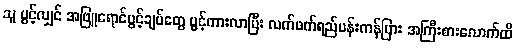
သူ ပွင့်လျှင် အဖြူရောင်ပွင့်ချပ်တွေ ပွင့်ကားလာပြီး လက်ဖက်ရည်ပန်းကန်ပြား အကြီးစားလောက်ထိ